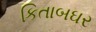
કિતાબઘર